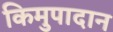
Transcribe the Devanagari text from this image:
किमुपादान